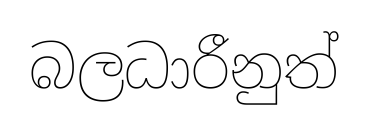
බලධාරීනුත්